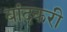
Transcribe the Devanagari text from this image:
बांदकरी